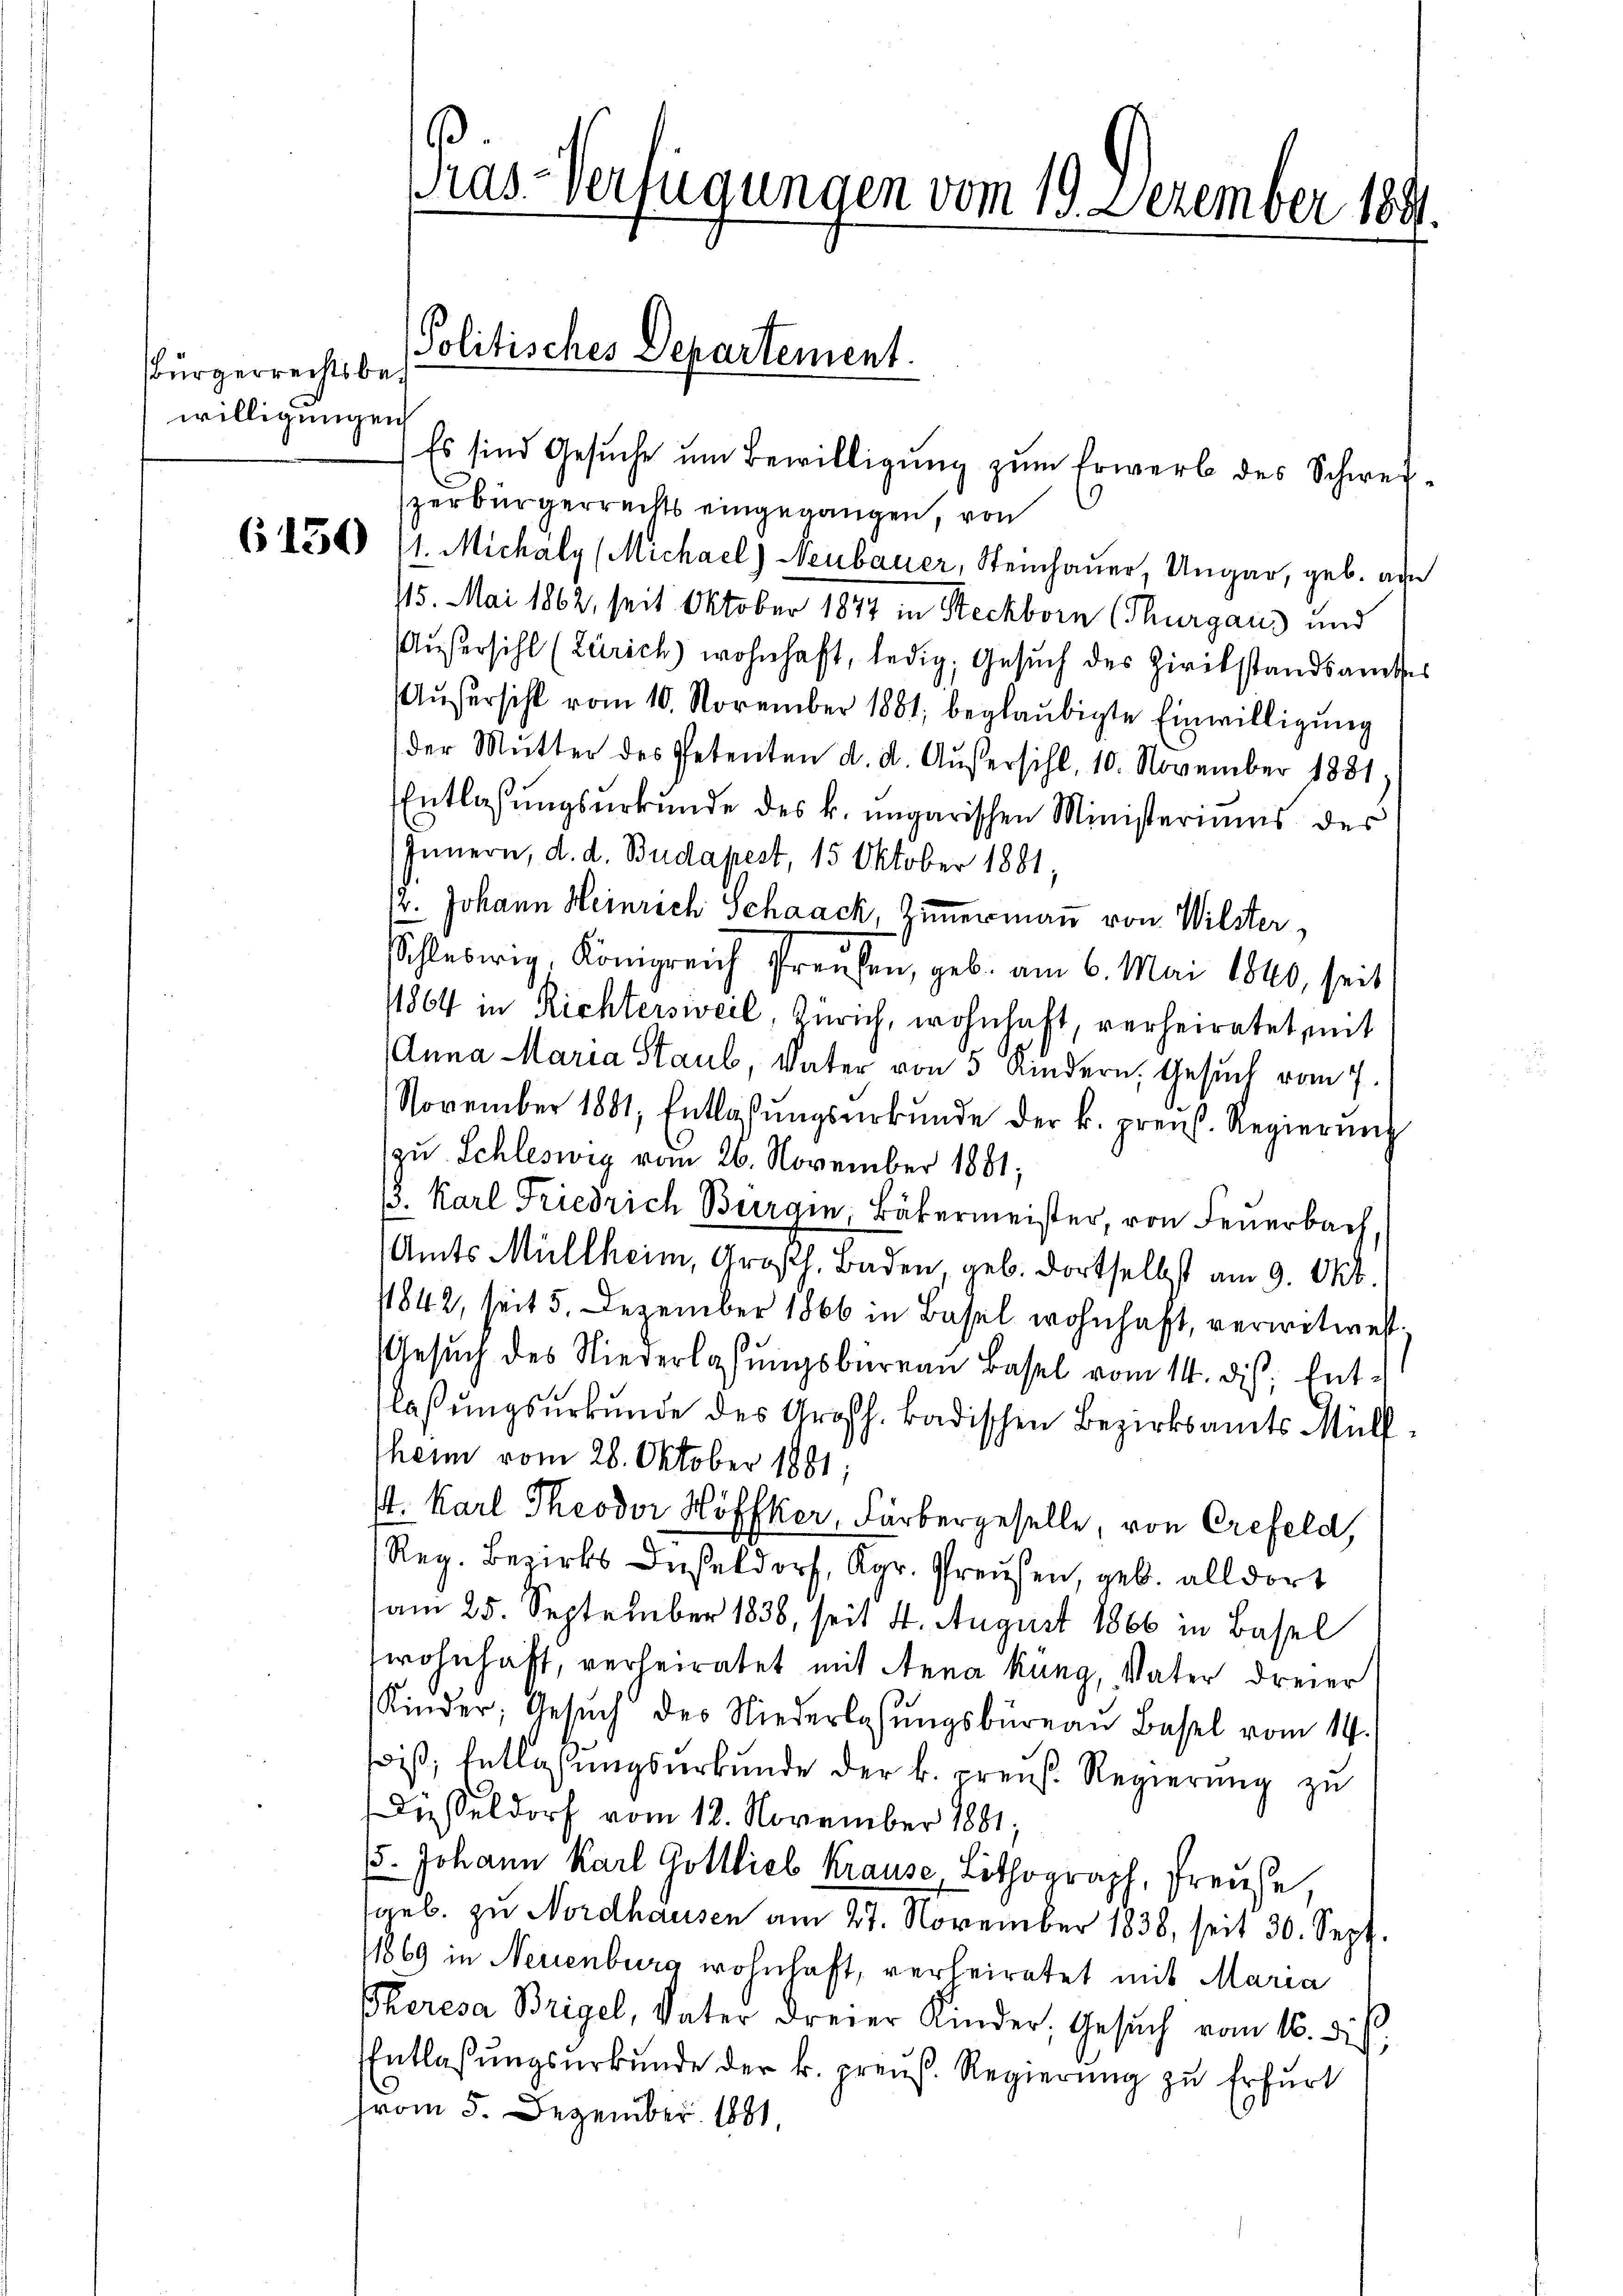
bürgerrechtsbewilligungen

Pras-Verfügungen vom 19. Dezember 1891.

Politisches Departement.

Es sind Gesuche um Bewilligung zum Erwerb des Schwerzerbürgerrechts eingegangen, von
(1550 (1. Michaly (Michael) Neubauer, Steinhauer, Ungar, geb. ad
15. Mai 1862, seit Oktober 1847 in Steckborn (Thurgaus und
Außersihl (Zürich) wohnhaft, ledig, Gesŭch des Zivilstandsamtes
Außersihl vom 10. November 1881, beglaubigte Einwilligung
der Mŭtter des Petenten d. d. Außersihl, 10. November 1831.
Entlassungsurkunde des k. ungarischen Ministeriums des
Innern, d. d. Budapest, 15 Oktober 1881,
/2. Johann Heinrich Schaack, Zimmermaṅ von Wilster,
Schleswig, Königreich Preusen, geb. am 6. Mai 1840, seit
11864 in Richtersweil Zürich, wohnhaft, verheiratet, mit
Anna Maria Staub, Vater von 5 Kindern, Gesuch vom 7.
November 1881, Entlassŭngsurkunde der k. preis. Regierŭng
zu. Schleswig vom 26. November 1881;
1. Karl Friedrich Burrain, Bäkermeister, von Feuerbach,
(Amts Müllheim, Großh. Baden, geb. dortselbst am 9. Okt.
11842, seit 5. Dezember 1866 in Basel wohnhaft, verwitwest
Gesŭch des Niederlassŭngsbureau Basel vom 14. ds. Ent-
laßungsurkunde des Großh. badischen Bezirksamts Müllheim vom 28. Oktober 1881;
t. Karl Theodor Höffker, Färbergeselle, von Crefeld,
Reg. Bezirks Düßeldorf, Kgr. Preusen, geb. alldort
am 25. September 1838, seit 4. August 1866 in Basel
wohnhaft, verheiratet mit Anna Küng, Vater dreier
Kinder, Gesŭch des Niederlassŭngsbüreaŭ Basel vom 14.
iß; Entlaßungsurkunde der k. preuß. Regierung zu
Düsseldorf vom 12. November 1881;
15. Johann Karl Gottlich Krause Lithograph, Fraue
geb. zu Nordhausen am 27. November 1838, seit 30. Sept.
1869 in Neuenburg wohnhaft, verheiratet mit Maria
Gheresa Brigel, Vater dreier Kinder, Gesŭch vom 16. dis
Entlassŭngsŭrkŭnde der k. preuß. Regierŭng zu Erfurt
(vom 5. Dezember 1881,